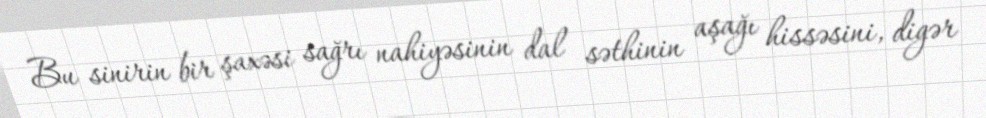
Bu sinirin bir şaxəsi sağrı nahiyəsinin dal səthinin aşağı hissəsini, digər